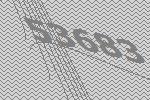
53683